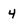
Character: 4